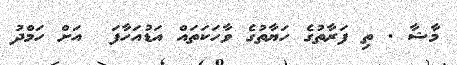
މާޝާ . ތި ފަރާތުގެ ހަޔާތުގެ ވާހަކަތައް އަޑުއަހާފަ  އަށް ހަމްދު